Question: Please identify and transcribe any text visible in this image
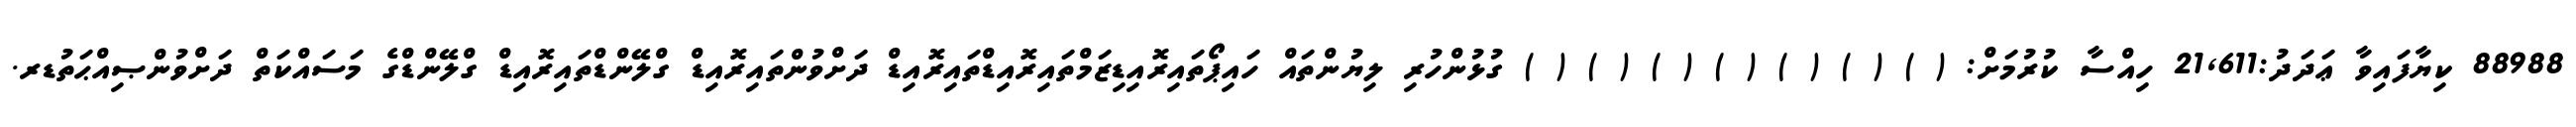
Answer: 88988 ކިޔާފައިވާ ޢަދަދު:21,611 ހިއްސާ ކުރުމަށް: ( ) ( ) ( ) ( ) ( ) ( ) ( ) ގުޅުންހުރި ލިޔުންތައް ހައިޕޯތައިރޮއިޑިޒަމްތައިރޮއިޑްތައިރޮއިޑް ދަށްވުންތައިރޮއިޑް ގްލޭންޑްތައިރޮއިޑް ގްލޭންޑްގެ މަސައްކަތް ދަށްވުންޞިއްޙަތުޑރ.